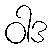
ဝါဒ